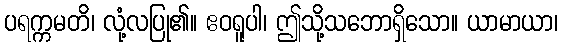
ပရက္ကမတိ၊ လုံ့လပြု၏။ ဧဝရူပါ၊ ဤသို့သဘောရှိသော။ ယာမာယာ၊